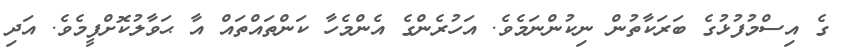
ގެ އިސްމުފުޅުގެ ބަރަކާތުން ނިކުންނަމެވެ. އަހުރެންގެ އެންމެހާ ކަންތައްތައް އާ ޙަވާލުކޮށްފީމެވެ. އަދި